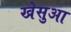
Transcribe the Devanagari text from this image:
खेसुआ